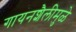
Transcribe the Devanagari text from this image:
गायनशैलीमुळे